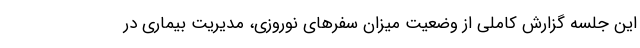
این جلسه گزارش کاملی از وضعیت میزان سفرهای نوروزی، مدیریت بیماری در